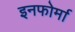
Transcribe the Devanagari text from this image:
इनफोर्मा